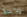
إدانة